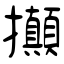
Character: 攧